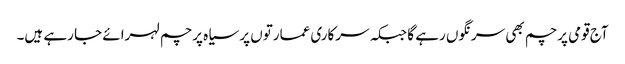
آج قومی پرچم بھی سرنگوں رہے گا جبکہ سرکاری عمارتوں پر سیاہ پرچم لہرائے جا رہے ہیں۔